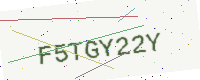
Text: F5TGY22Y